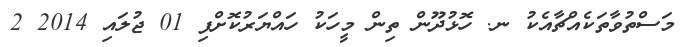
މަސްތުވާތަކެއްޗާއެކު ނ. ހޮޅުދޫން ތިން މީހަކު ހައްޔަރުކޮށްފި 01 ޖުލައި 2014 2